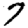
Digit: 7